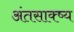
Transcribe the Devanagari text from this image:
अंतसाक्ष्य